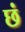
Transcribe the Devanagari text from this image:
छं